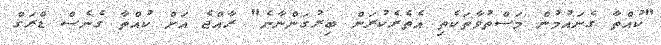
"ކުުއްތާ ގެނައުމުން މަސްތުވާތަކެތި އެތެރެކުރަން ބިރުގަންނާނެ" ރާއްޖެ އަށް ކުއްތާ ގެނެސް ޑްރަގް